Civil Veterinary Department Bihar & Orissa reports 1929-36 - 1929-1936
Year: 1929
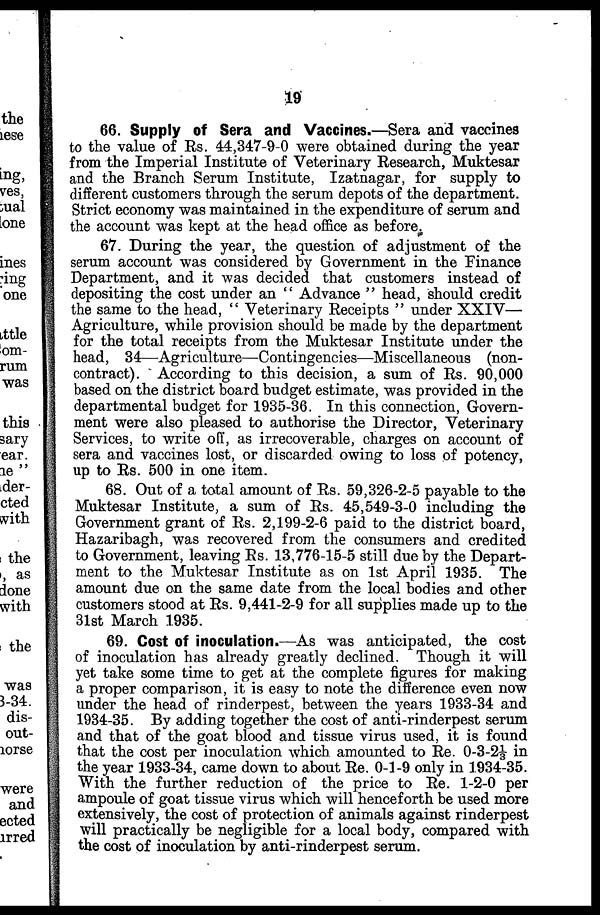
19
66. Supply of Sera and Vaccines.—Sera and vaccines
to the value of Rs. 44,347-9-0 were obtained during the year
from the Imperial Institute of Veterinary Research, Muktesar
and the Branch Serum Institute, Izatnagar, for supply to
different customers through the serum depots of the department.
Strict economy was maintained in the expenditure of serum and
the account was kept at the head office as before.
67. During the year, the question of adjustment of the
serum account was considered by Government in the Finance
Department, and it was decided that customers instead of
depositing the cost under an " Advance " head, should credit
the same to the head, " Veterinary Receipts " under XXIV—
Agriculture, while provision should be made by the department
for the total receipts from the Muktesar Institute under the
head, 34—Agriculture—Contingencies—Miscellaneous (non-
contract). According to this decision, a sum of Rs. 90,000
based on the district board budget estimate, was provided in the
departmental budget for 1935-36. In this connection, Govern-
ment were also pleased to authorise the Director, Veterinary
Services, to write off, as irrecoverable, charges on account of
sera and vaccines lost, or discarded owing to loss of potency,
up to Rs. 500 in one item.
68. Out of a total amount of Rs. 59,326-2-5 payable to the
Muktesar Institute, a sum of Rs. 45,549-3-0 including the
Government grant of Rs. 2,199-2-6 paid to the district board,
Hazaribagh, was recovered from the consumers and credited
to Government, leaving Rs. 13,776-15-5 still due by the Depart-
ment to the Muktesar Institute as on 1st April 1935. The
amount due on the same date from the local bodies and other
customers stood at Rs. 9.441-2-9 for all supplies made up to the
31st March 1935.
69. Cost of inoculation.—As was anticipated, the cost
of inoculation has already greatly declined. Though it will
yet take some time to get at the complete figures for making
a proper comparison, it is easy to note the difference even now
under the head of rinderpest, between the years 1933-34 and
1934-35. By adding together the cost of anti-rinderpest serum
and that of the goat blood and tissue virus used, it is found
that the cost per inoculation which amounted to Re. 0-3-21/3 in
the year 1933-34, came down to about Re. 0-1-9 only in 1934-35.
With the further reduction of the price to Re. 1-2-0 per
ampoule of goat tissue virus which will henceforth be used more
extensively, the cost of protection of animals against rinderpest
will practically be negligible for a local body, compared with
the cost of inoculation by anti-rinderpest serum.